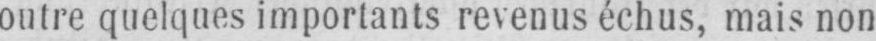
outre quelques importants revenus échus, mais non